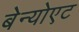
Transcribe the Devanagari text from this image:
बेन्योएट